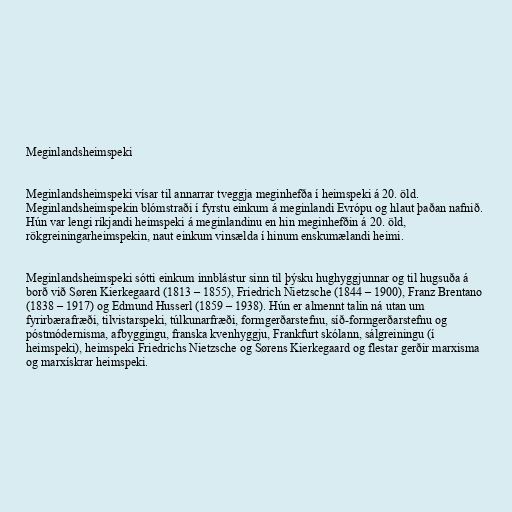
Meginlandsheimspeki

Meginlandsheimspeki vísar til annarrar tveggja meginhefða í heimspeki á 20. öld.
Meginlandsheimspekin blómstraði í fyrstu einkum á meginlandi Evrópu og hlaut þaðan nafnið.
Hún var lengi ríkjandi heimspeki á meginlandinu en hin meginhefðin á 20. öld,
rökgreiningarheimspekin, naut einkum vinsælda í hinum enskumælandi heimi.

Meginlandsheimspeki sótti einkum innblástur sinn til þýsku hughyggjunnar og til hugsuða á
borð við Søren Kierkegaard (1813 – 1855), Friedrich Nietzsche (1844 – 1900), Franz Brentano
(1838 – 1917) og Edmund Husserl (1859 – 1938). Hún er almennt talin ná utan um
fyrirbærafræði, tilvistarspeki, túlkunarfræði, formgerðarstefnu, síð-formgerðarstefnu og
póstmódernisma, afbyggingu, franska kvenhyggju, Frankfurt skólann, sálgreiningu (í
heimspeki), heimspeki Friedrichs Nietzsche og Sørens Kierkegaard og flestar gerðir marxisma
og marxískrar heimspeki.